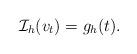
LaTeX: \begin{align*}\mathcal{I}_h(v_t) = g_h(t).\end{align*}